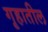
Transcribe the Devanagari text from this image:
गृहातील